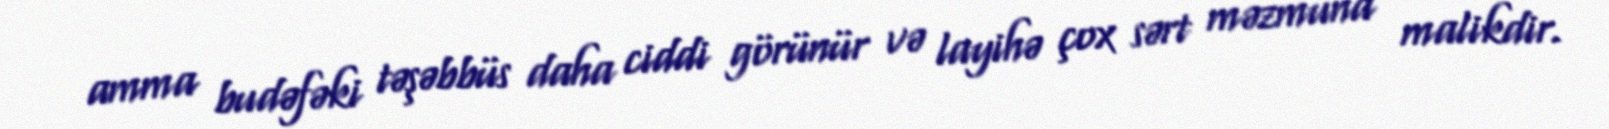
amma budəfəki təşəbbüs daha ciddi görünür və layihə çox sərt məzmuna malikdir.